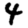
Digit: 4